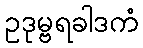
ဥဒုမ္ဗရခါဒကံ